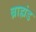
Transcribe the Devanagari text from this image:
ब्राह्मंड